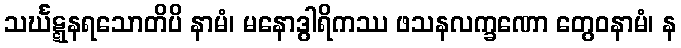
သင်္ဃဋ္ဋနရသောတိပိ နာမံ၊ မနောဒွါရိကဿ ဖသနလက္ခဏော တွေဝနာမံ၊ န